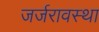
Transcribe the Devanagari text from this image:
जर्जरावस्था